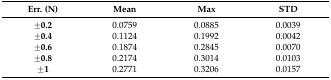
<table><thead><tr><td><b>Err. (N)</b></td><td><b>Mean</b></td><td><b>Max</b></td><td><b>STD</b></td></tr></thead><tbody><tr><td><b>±0.2</b></td><td>0.0759</td><td>0.0885</td><td>0.0039</td></tr><tr><td><b>±0.4</b></td><td>0.1124</td><td>0.1992</td><td>0.0042</td></tr><tr><td><b>±0.6</b></td><td>0.1874</td><td>0.2845</td><td>0.0070</td></tr><tr><td><b>±0.8</b></td><td>0.2174</td><td>0.3014</td><td>0.0103</td></tr><tr><td><b>±1</b></td><td>0.2771</td><td>0.3206</td><td>0.0157</td></tr></tbody></table>